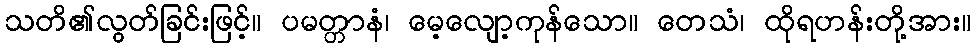
သတိ၏လွတ်ခြင်းဖြင့်။ ပမတ္တာနံ၊ မေ့လျော့ကုန်သော။ တေသံ၊ ထိုရဟန်းတို့အား။